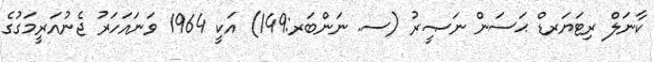
ކާނަލް ރިޓަޔަރޑް ޙަސަން ނަޞީރު (ސ. ނަންބަރ:149) އަކީ 1964 ވަނައަހަރު ޖެނުއަރީމަގުގެ